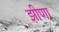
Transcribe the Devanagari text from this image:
झीणा